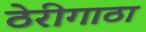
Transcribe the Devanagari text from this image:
ठेरीगाठा